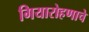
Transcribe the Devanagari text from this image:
गियारोहणाचे